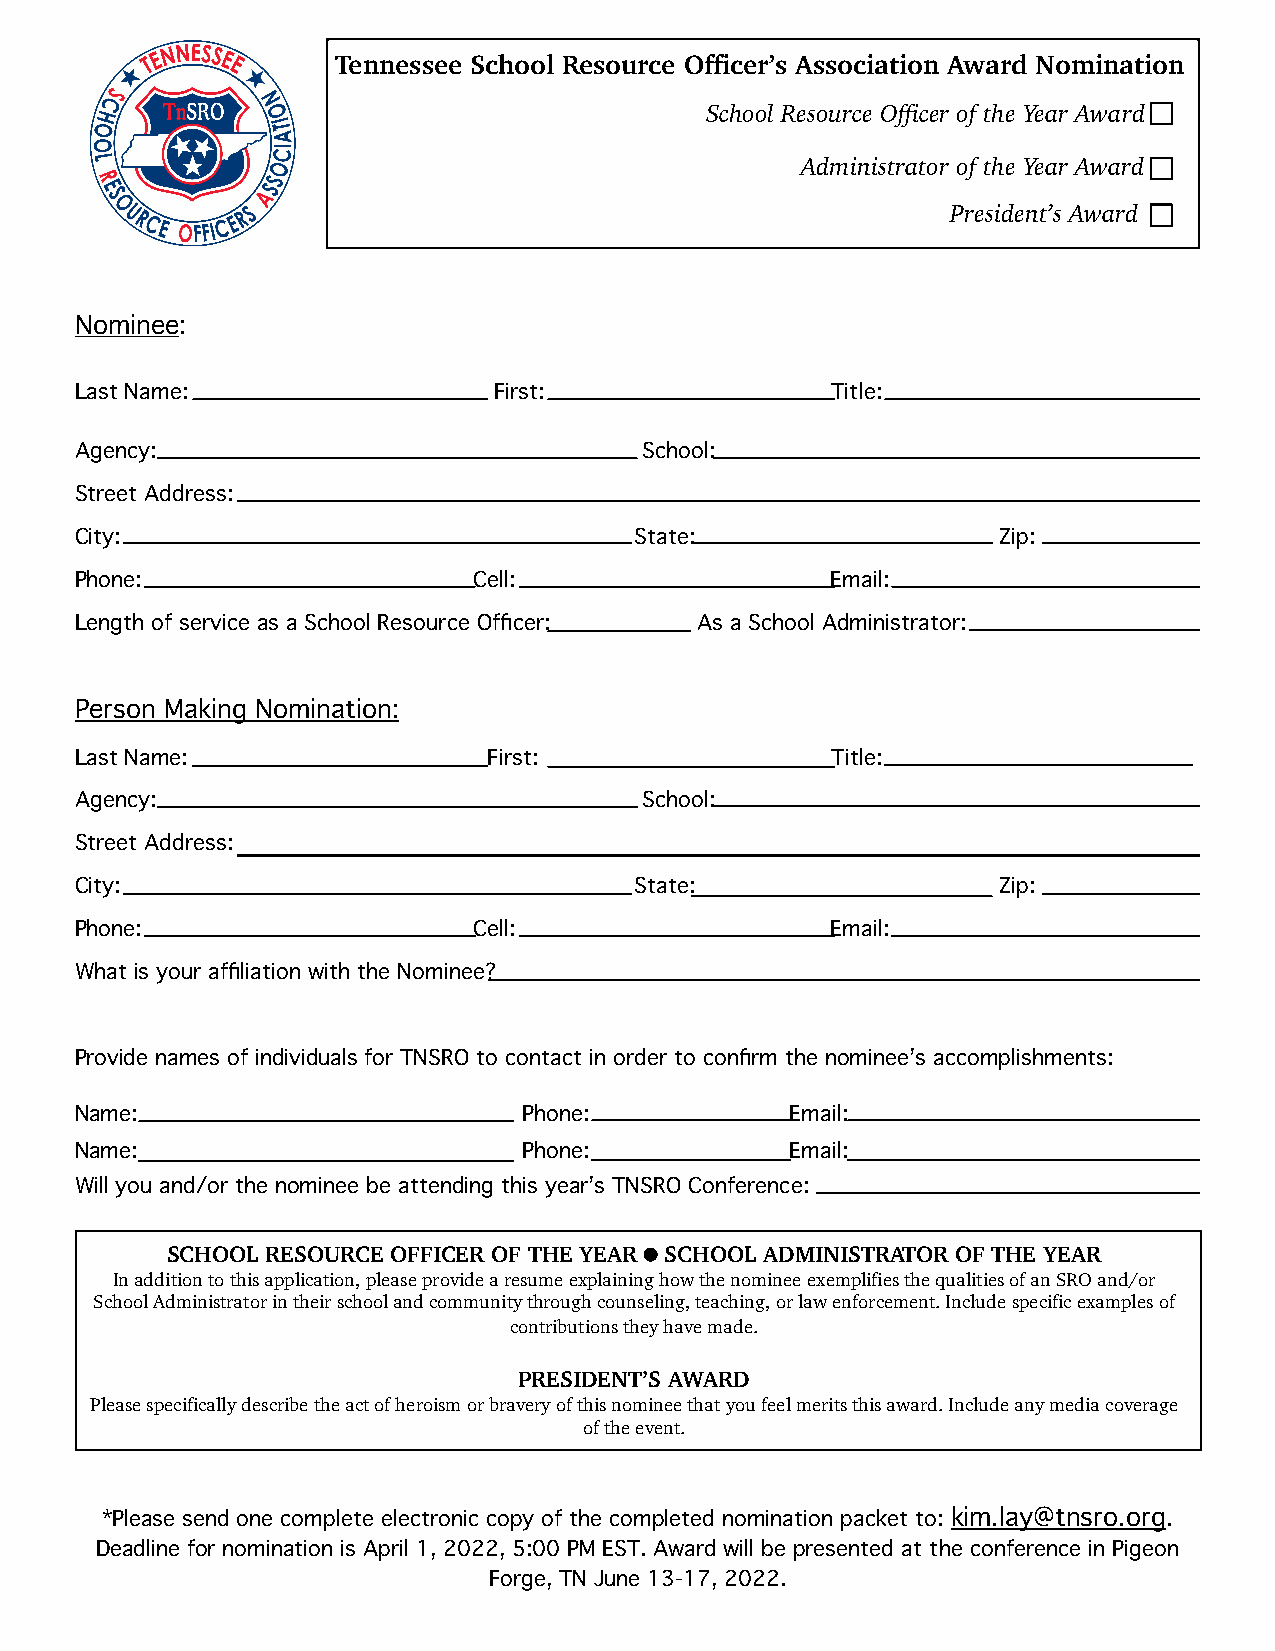
Tennessee School Resource Officer’s Association Award Nomination
 School Resource Officer of the Year Award
 Administrator of the Year Award
 President’s Award
 Nominee:
 Last Name:                  First:                Title:
 Agency:                               School:
 Street Address:
 City:                                State:                  Zip:
 Phone:                    Cell:                   Email:
 Length of service as a School Resource Officer: As a School Administrator:
 Person Making Nomination:
 Last Name:                 First:                 Title:
 Agency:                               School:
 Street Address:
 City:                                State:                  Zip:
 Phone:                    Cell:                   Email:
 What is your affiliation with the Nominee?
 Provide names of individuals for TNSRO to contact in order to confirm the nominee’s accomplishments:
 Name:                         Phone:           Email:
 Name:                         Phone:           Email:
 Will you and/or the nominee be attending this year’s TNSRO Conference:
 SCHOOL RESOURCE OFFICER OF THE YEAR SCHOOL ADMINISTRATOR OF THE YEAR
 In addition to this application, please provide a resume explaining how the nominee exemplifies the qualities of an SRO and/or
 School Administrator in their school and community through counseling, teaching, or law enforcement. Include specific examples of
 contributions they have made.
 PRESIDENT’S AWARD
 Please specifically describe the act of heroism or bravery of this nominee that you feel merits this award. Include any media coverage
 of the event.
 *Please send one complete electronic copy of the completed nomination packet to: kim.lay@tnsro.org.
 Deadline for nomination is April 1, 2022, 5:00 PM EST. Award will be presented at the conference in Pigeon
 Forge, TN June 13-17, 2022.